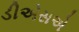
ડીએસએ